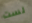
لست